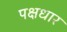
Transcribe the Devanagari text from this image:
पक्षधार